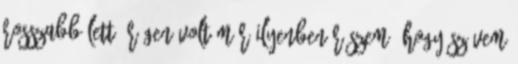
rosszabb lett. Régen volt már ilyenben részem, hogy szívem